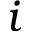
i